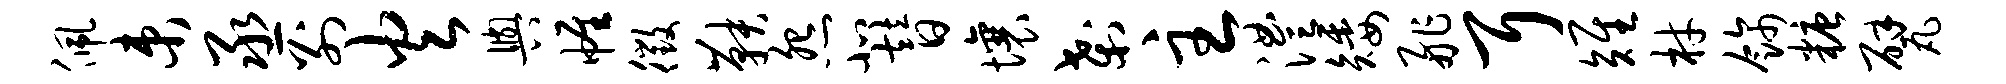
佩束丞别火舆帷徵鞅怨北替壤刹主澧矮舴耳雉材饰糖甓